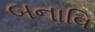
બનાવિ